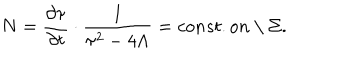
N = \frac { \partial \tau } { \partial t } \cdot \frac { 1 } { \tau ^ { 2 } - 4 \Lambda } = c o n s t . o n \mathrm { ~ \ } \Sigma .